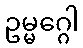
ဥမ္မဂ္ဂေါ